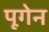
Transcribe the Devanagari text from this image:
पूगेन